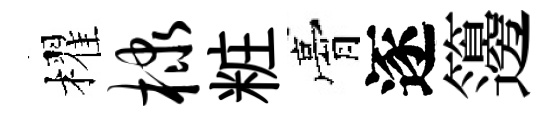
櫂棣粧膏逐籩